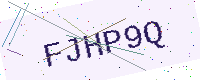
Text: FJHP9Q